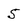
Character: 5